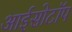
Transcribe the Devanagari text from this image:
आईसोटॉप